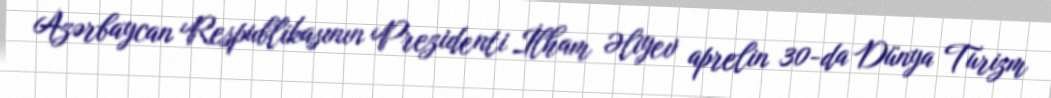
Azərbaycan Respublikasının Prezidenti İlham Əliyev aprelin 30-da Dünya Turizm